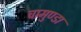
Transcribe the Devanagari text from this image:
चामुण्‍डा